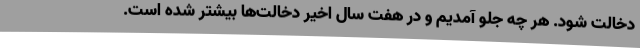
دخالت شود. هر چه جلو آمدیم و در هفت سال اخیر دخالت‌ها بیشتر شده است.